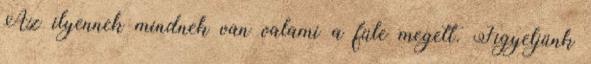
Az ilyennek mindnek van valami a füle megett. Figyeljünk